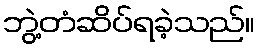
ဘွဲ့တံဆိပ်ရခဲ့သည်။